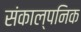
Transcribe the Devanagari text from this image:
संकाल्पनिक